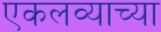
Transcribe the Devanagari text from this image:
एकलव्याच्या